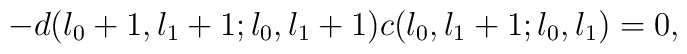
-d(l_{0}+1,l_{1}+1;l_{0},l_{1}+1)c(l_{0},l_{1}+1;l_{0},l_{1})=0,